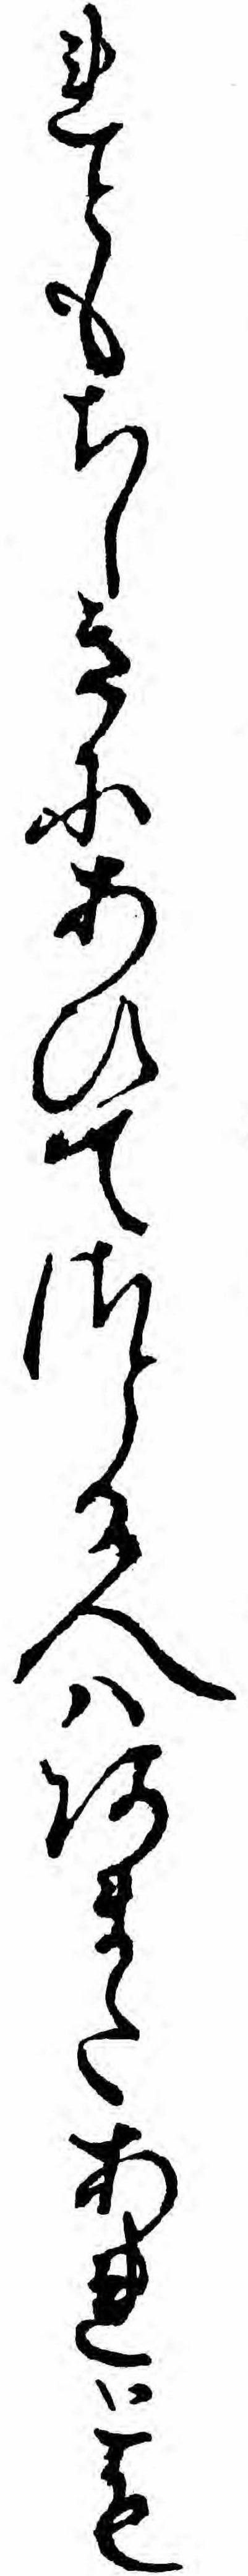
れともちしきにあひてさとる人ハあまたあれとも